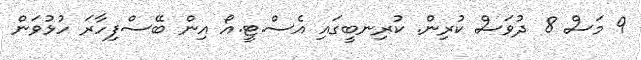
9 މަސް 8 ދުވަސް ކުރިން. ކުރިނބީގައި އެސް.ޓީ.އޯ އިން ބޭސްފިހާރަ ހުޅުވަން